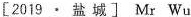
[2019 · 盐城] Mr Wu